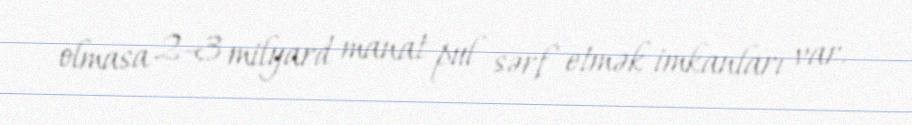
olmasa 2-3 milyard manat pul sərf etmək imkanları var.